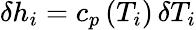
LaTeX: \delta h_{i}=c_{p}\left(T_{i}\right)\, \delta T_{i}